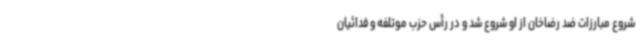
شروع مبارزات ضد رضاخان از او شروع شد و در رأس حزب موتلفه و فدائیان